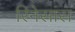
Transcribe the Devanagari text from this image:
रिनेसांस